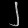
Digit: ၂